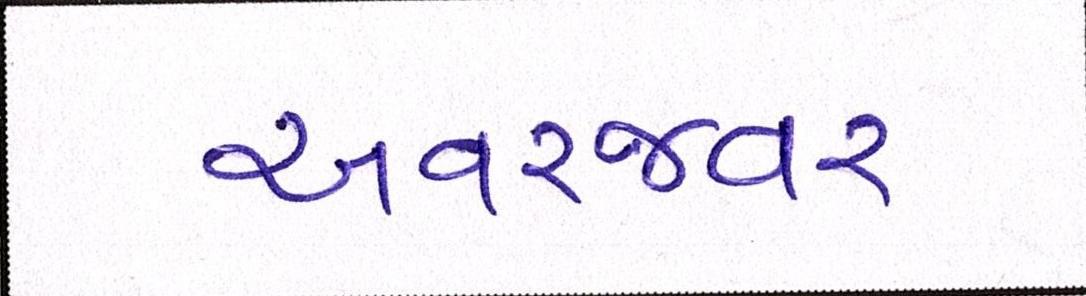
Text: અવરજવર